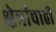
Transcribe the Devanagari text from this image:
क्षेत्रांचाही